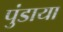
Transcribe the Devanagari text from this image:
पुंडाया